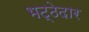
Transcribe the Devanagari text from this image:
भट्ठेदार